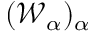
( { \small { \mathscr W } } _ { \alpha } ) _ { \alpha }